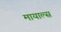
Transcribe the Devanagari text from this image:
मायाल्स